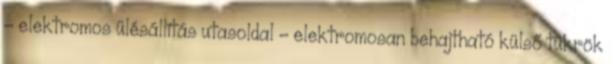
– elektromos ülésállítás utasoldal – elektromosan behajtható külső tükrök